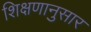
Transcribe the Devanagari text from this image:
शिक्षणानुसार